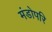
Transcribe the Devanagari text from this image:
मंडोपरि